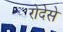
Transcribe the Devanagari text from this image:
रोदेसे